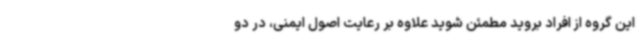
این گروه از افراد بروید مطمئن شوید علاوه بر رعایت اصول ایمنی، در دو